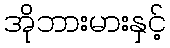
အိုဘားမားနှင့်